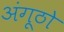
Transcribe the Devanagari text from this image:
अंगूठो